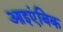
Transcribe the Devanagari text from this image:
आइएंबिक